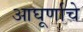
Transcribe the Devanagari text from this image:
आघूर्णाचे